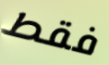
فقط